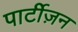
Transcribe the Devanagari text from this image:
पार्टीज़न